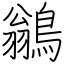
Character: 鶲